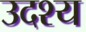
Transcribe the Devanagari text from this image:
उदश्य